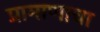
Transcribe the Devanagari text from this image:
प्रामाणाचा